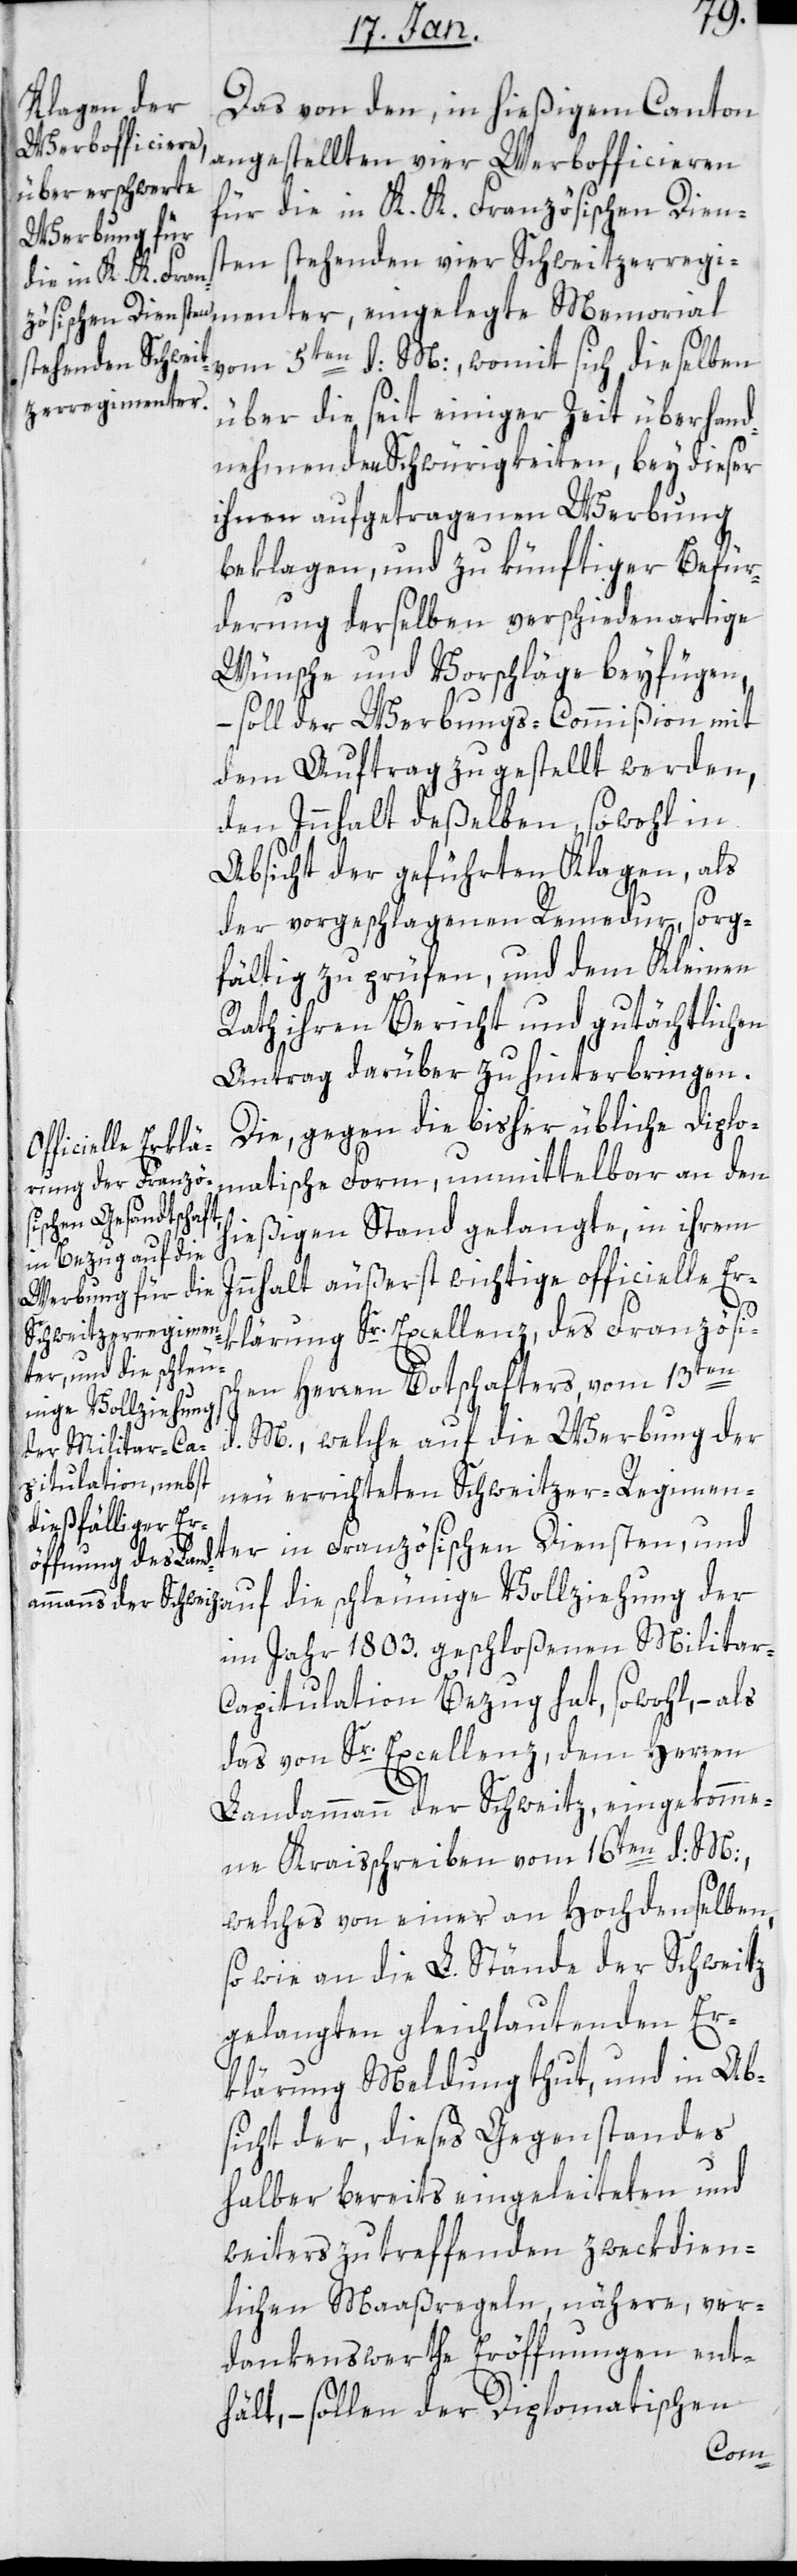
Das von den, in hießigem Canton
angestellten vier Werbofficieren
für die in K. K. Französischen Dien¬
en stehenden vier Schweitzerregi¬
vom 5ten d: M:, womit sich dieselben
über die seit einiger Zeit überhand¬
nehmenden Schwürigkeiten, bey dieser
ihnen aufgetragenen Werbung
beklagen, und zu künftiger Befür¬
derung derselben verschiedenartige
Wünsche und Vorschläge beyfügen,
– soll der Werbungs-Commißion mit
dem Auftrag zugestellt werden,
den Innhalt deßelben, sowohl in
Absicht der geführten Klagen, als
der vorgeschlagenen Remedur, sorg¬
fältig zu prüfen, und dem Kleinen
Rath ihren Bericht und gutächtlichen
Antrag darüber zu hinterbringen.
Die, gegen die bisher übliche diplo¬
auf die schle¬
matische Form, unmittelbar an den
hießigen Stand gelangte, in ihrem
Innhalt äußerst wichtige officielle Er¬
klärung Sr. Excellenz, des Französis¬
en Herren Botschafters, vom 13ten
unige Vollziehung
M., welche auf die Werbung der
ter
neu errichteten Schweitzer-Regimen¬
im Jahr 1803. geschloßenen Militar-C¬
apitulation Bezug hat, sowohl, – als
das von Sr. Excellenz, dem Herren
Landammann der Schweitz, eingekomme¬
ne Kraißchreiben vom 16ten d: M:,
welches von einer an Hochdenselben,
sowie an die L. Stände der Schweitz
gelangten gleichlautenden Er¬
klärung Meldung thut, und in Ab¬
sicht der, dieses Gegenstandes
halber bereits eingeleiteten und
weiters zu treffenden zwekdien¬
lichen Maaßregeln, nähere, ver¬
dankenswerthe Eröffnungen ent¬
hält, – sollen der Diplomatischen